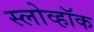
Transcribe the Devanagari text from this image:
स्लोव्हॉक